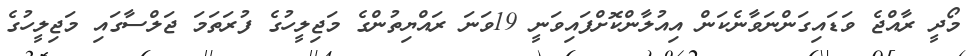
މޯދީ ރާއްޖެ ވަޑައިގަންނަވާނެކަން އިއުލާންކޮށްފައިވަނީ 19ވަނަ ރައްޔިތުންގެ މަޖިލީހުގެ ފުރަތަމަ ޖަލްސާގައި މަޖިލީހުގެ